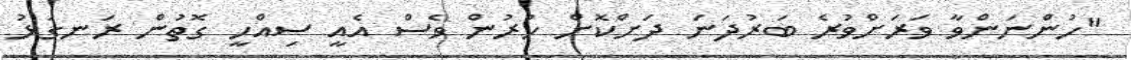
"ހުންނަންވާ ވަރަށްވުރެ ބަރުދަނަ ދަށްކޮށް ހުރުން ވެސް އެއީ ސިއްހީ ގޮތުން ރަނގަޅު